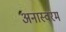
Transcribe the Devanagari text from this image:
अनास्वरम